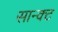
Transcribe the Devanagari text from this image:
सान्क्ट